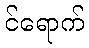
င်ရောက်